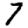
Digit: 7